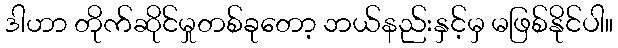
ဒါဟာ တိုက်ဆိုင်မှုတစ်ခုတော့ ဘယ်နည်းနှင့်မှ မဖြစ်နိုင်ပါ။